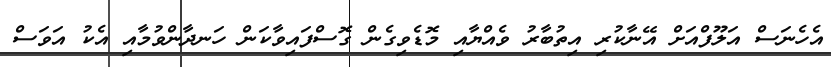
އެހެނަސް އަލޫފްއަށް އޭނާކުރި އިތުބާރު ވެއްޔާއި މޮޑެވިގެން ގޮސްފައިވާކަން ހަނދާންވުމާއި އެކު އަވަސް